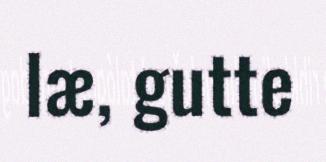
læ, gutte